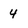
Character: 4